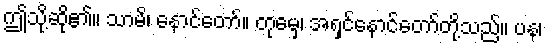
ဤသို့ဆို၏။ သာမိ၊ နောင်တော်။ တုမှေ၊ အရှင်နောင်တော်တို့သည်။ ပန၊